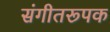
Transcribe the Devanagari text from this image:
संगीतरूपक